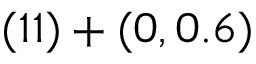
( 1 1 ) + ( 0 , 0 . 6 )